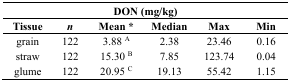
<table><thead><tr><td colspan="6"><b>DON (mg/kg)</b></td></tr><tr><td><b>Tissue</b></td><td><b><i>n</i></b></td><td><b>Mean *</b></td><td><b>Median</b></td><td><b>Max</b></td><td><b>Min</b></td></tr></thead><tbody><tr><td>grain</td><td>122</td><td>3.88 <sup>A</sup></td><td>2.38</td><td>23.46</td><td>0.16</td></tr><tr><td>straw</td><td>122</td><td>15.30 <sup>B</sup></td><td>7.85</td><td>123.74</td><td>0.04</td></tr><tr><td>glume</td><td>122</td><td>20.95 <sup>C</sup></td><td>19.13</td><td>55.42</td><td>1.15</td></tr></tbody></table>